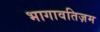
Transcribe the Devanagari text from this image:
भागावतिज़म